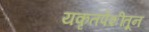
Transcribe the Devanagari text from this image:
यकृतपेशींतून